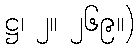
ဋ္ဌ၊ ၂။ ၂၆၉။)